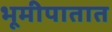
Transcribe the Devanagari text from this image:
भूमीपातात